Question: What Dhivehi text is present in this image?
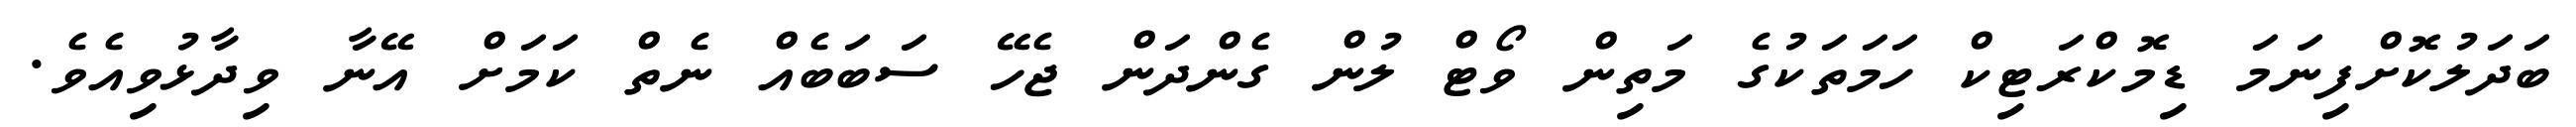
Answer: ބަދަލުކޮށްފިނަމަ ޑިމޮކްރަޓިކް ހަމަތަކުގެ މަތިން ވޯޓް ލުން ގެންދަން ޖެހޭ ސަބަބެއް ނެތް ކަމަށް އޭނާ ވިދާޅުވިއެވެ.